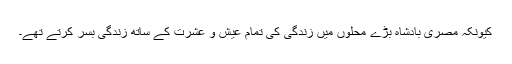
کیونکہ مصری بادشاہ بڑے محلوں میں زندگی کی تمام عیش و عشرت کے ساتھ زندگی بسر کرتے تھے۔